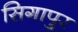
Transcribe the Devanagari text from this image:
सिगापुर